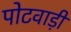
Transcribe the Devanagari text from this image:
पोटवाड़ी